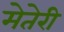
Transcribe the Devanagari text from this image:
मेतेरी